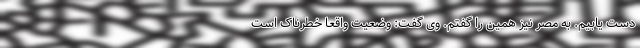
دست یابیم. به مصر نیز همین را گفتم. وی گفت: وضعیت واقعا خطرناک است